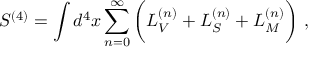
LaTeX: S ^ { ( 4 ) } = \int d ^ { 4 } x \sum _ { n = 0 } ^ { \infty } \bigg ( { \cal L } _ { V } ^ { ( n ) } + { \cal L } _ { S } ^ { ( n ) } + { \cal L } _ { M } ^ { ( n ) } \bigg ) ~ ,